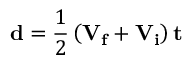
\mathbf { d } = { \frac { 1 } { 2 } } \left( \mathbf { V _ { f } } + \mathbf { V _ { i } } \right) \mathbf { t }